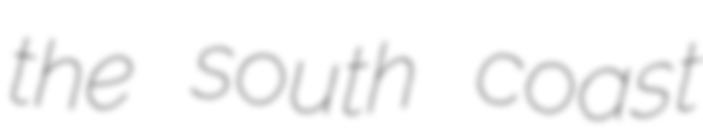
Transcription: the south coast